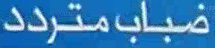
ضبابمتردد